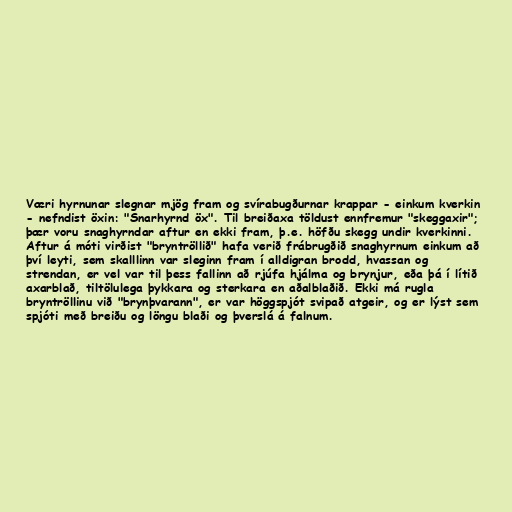
Væri hyrnunar slegnar mjög fram og svírabugðurnar krappar - einkum kverkin
- nefndist öxin: "Snarhyrnd öx". Til breiðaxa töldust ennfremur "skeggaxir";
þær voru snaghyrndar aftur en ekki fram, þ.e. höfðu skegg undir kverkinni.
Aftur á móti virðist "bryntröllið" hafa verið frábrugðið snaghyrnum einkum að
því leyti, sem skalllinn var sleginn fram í alldigran brodd, hvassan og
strendan, er vel var til þess fallinn að rjúfa hjálma og brynjur, eða þá í lítið
axarblað, tiltölulega þykkara og sterkara en aðalblaðið. Ekki má rugla
bryntröllinu við "brynþvarann", er var höggspjót svipað atgeir, og er lýst sem
spjóti með breiðu og löngu blaði og þverslá á falnum.